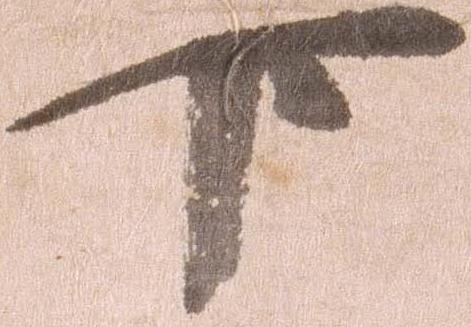
下